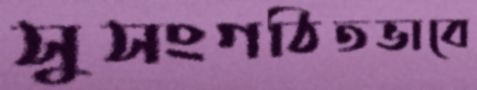
সুসংগঠিতভাবে